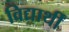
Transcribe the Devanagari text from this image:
विद्यार्थीं